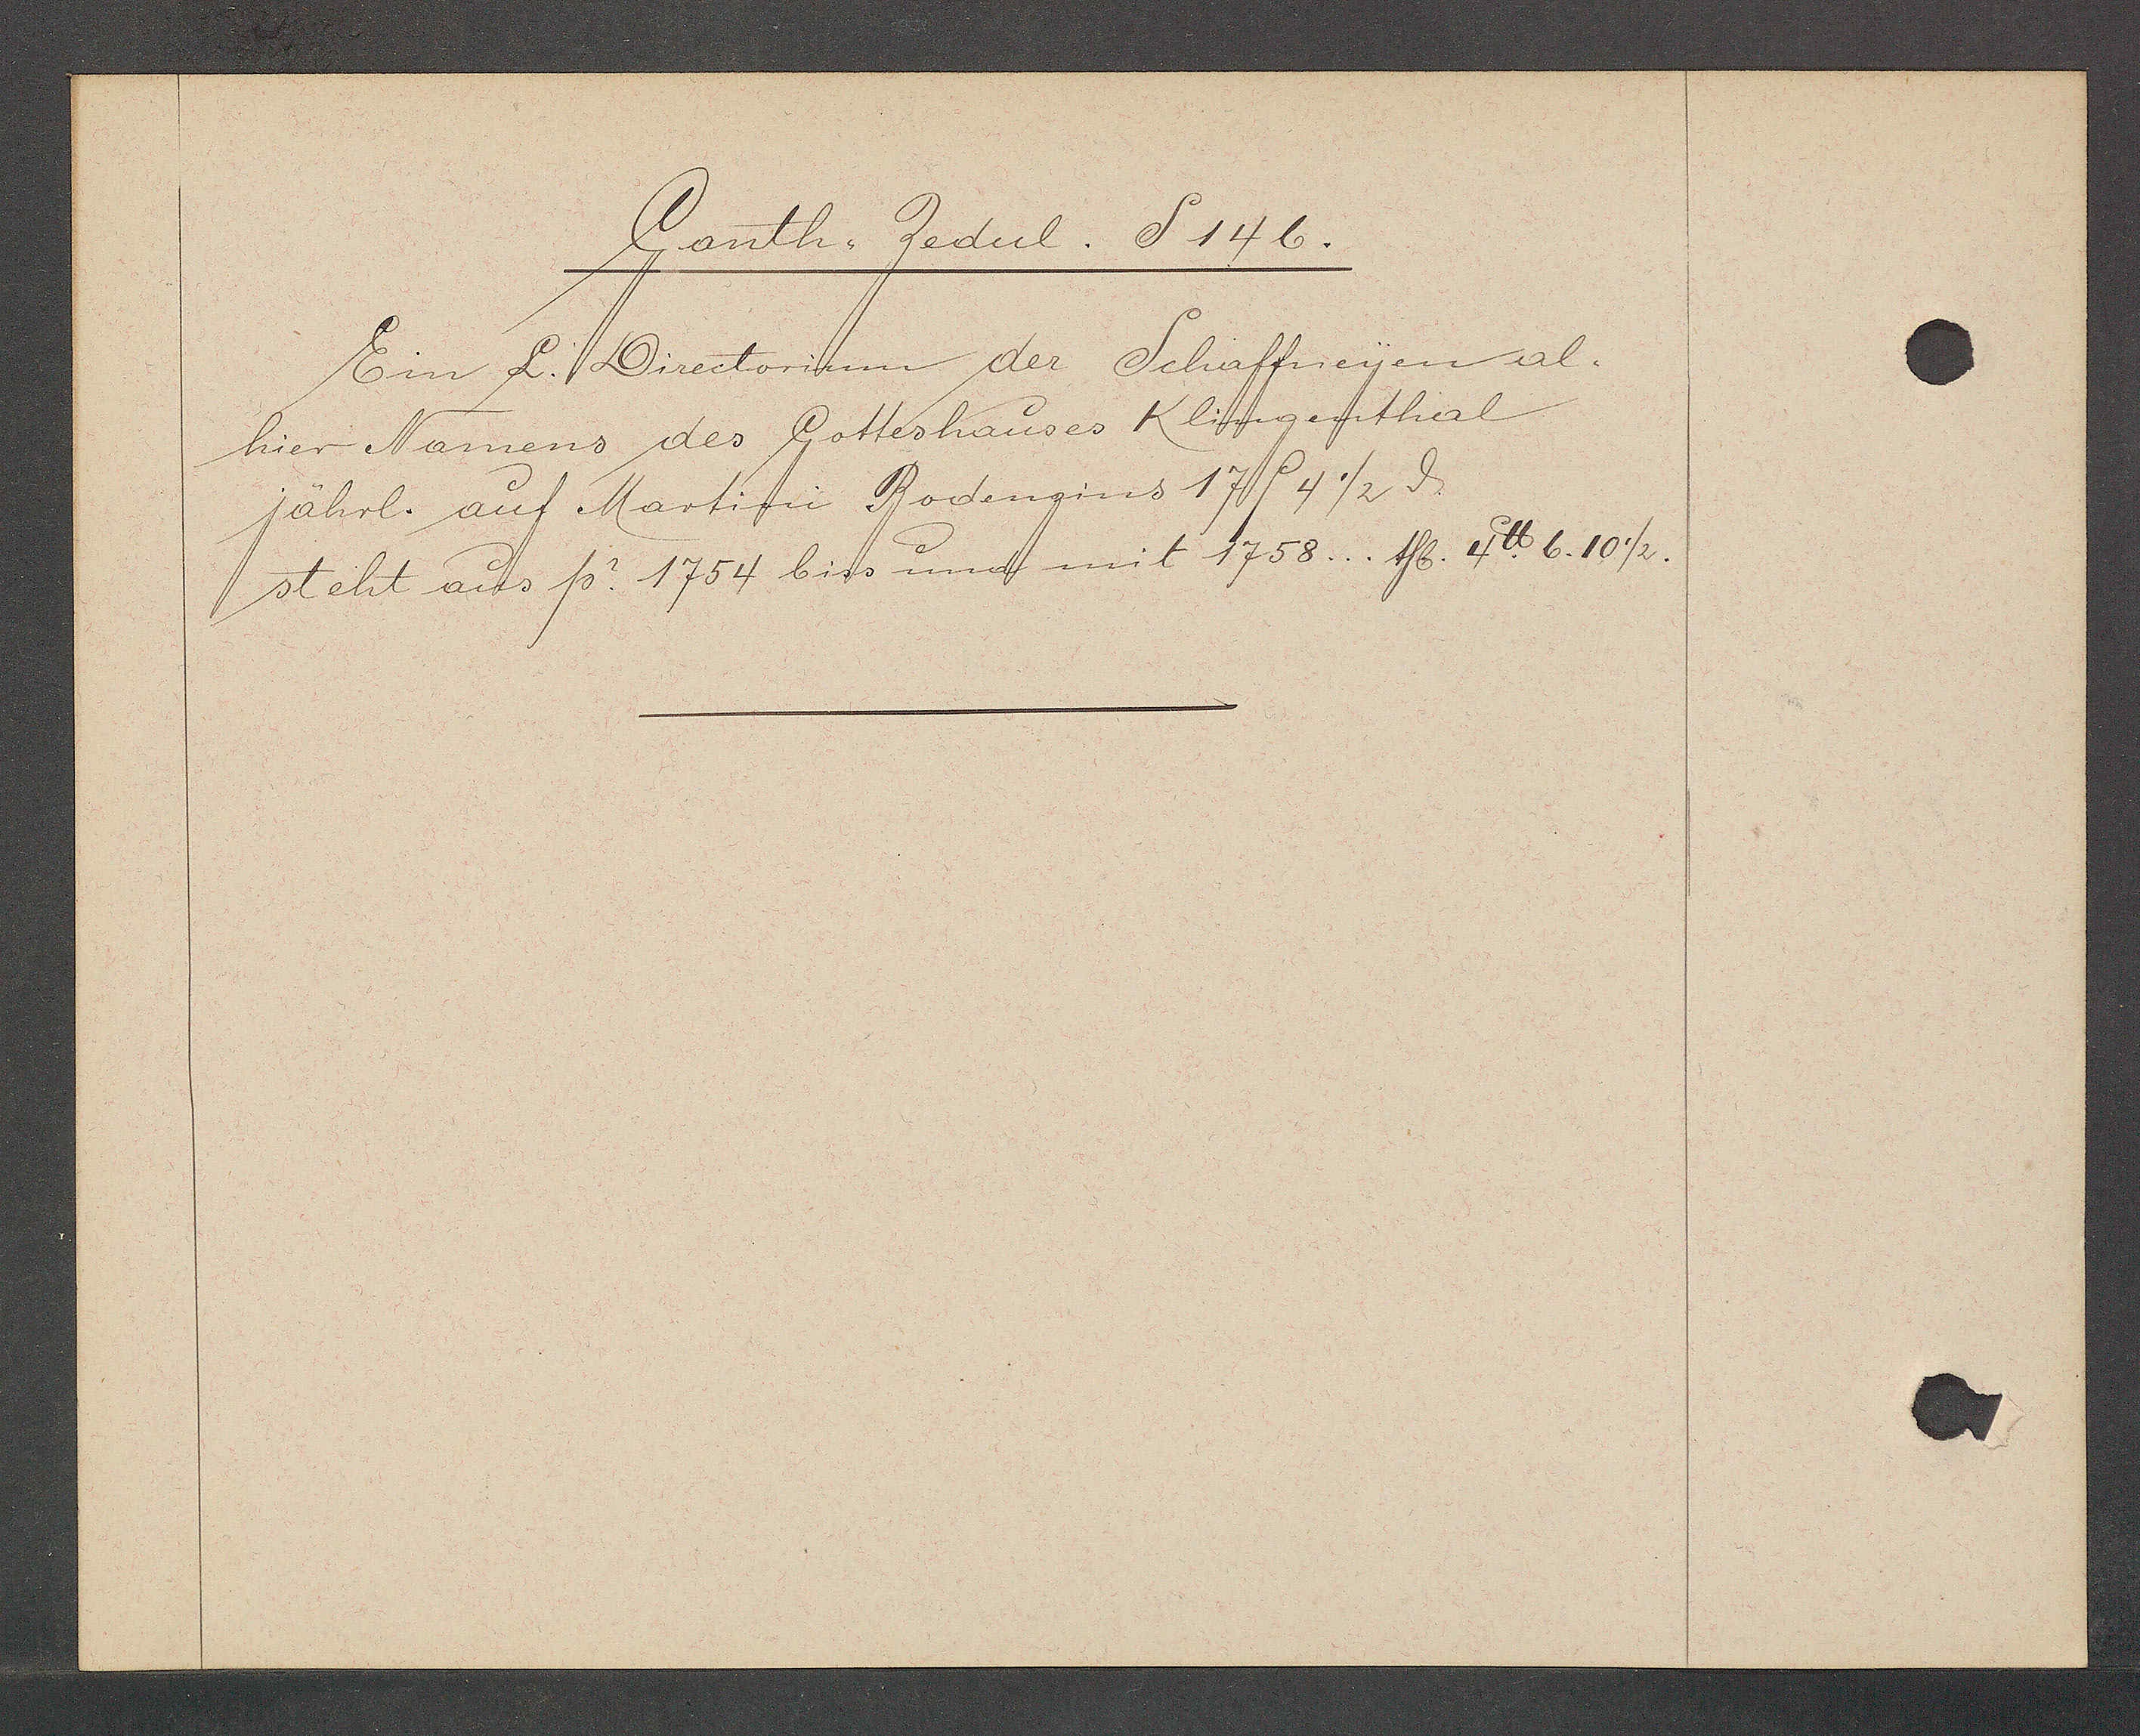
Transcript:
Gonth. Zedul. S 146.

Ein L.Directorium der Schaffneyen al¬
hier Namens des Gotteshauses Klingenthal
jährl. auf Martini Bodenzins 17 P 4 1/2 ȡ
steht aus p. 1754 biss und mit 1758... 1fl. 4 ℔. 6. 10 1/2.